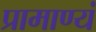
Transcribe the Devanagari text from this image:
प्रामाण्यं